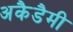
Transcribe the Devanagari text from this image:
अकैडैमी